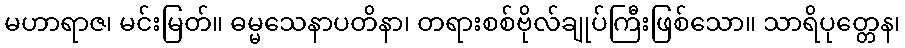
မဟာရာဇ၊ မင်းမြတ်။ ဓမ္မသေနာပတိနာ၊ တရားစစ်ဗိုလ်ချုပ်ကြီးဖြစ်သော။ သာရိပုတ္တေန၊